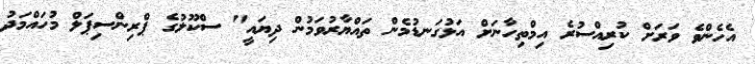
އެހެންވެ ވަރަށް ކުރިއްސުރެ އިމްތިހާނަށް އަޅުގަނޑުމެން ތައްޔާރުވަމުން ދިޔައީ" ސްކޫލުގެ ޕްރިންސިޕަލް މުހައްމަދު